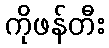
ကိုဖန်တီး